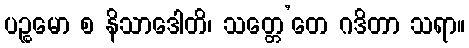
ပဉ္စမော စ နိသာဒေါတိ၊ သတ္တေ’တေ ဂဒိတာ သရာ။